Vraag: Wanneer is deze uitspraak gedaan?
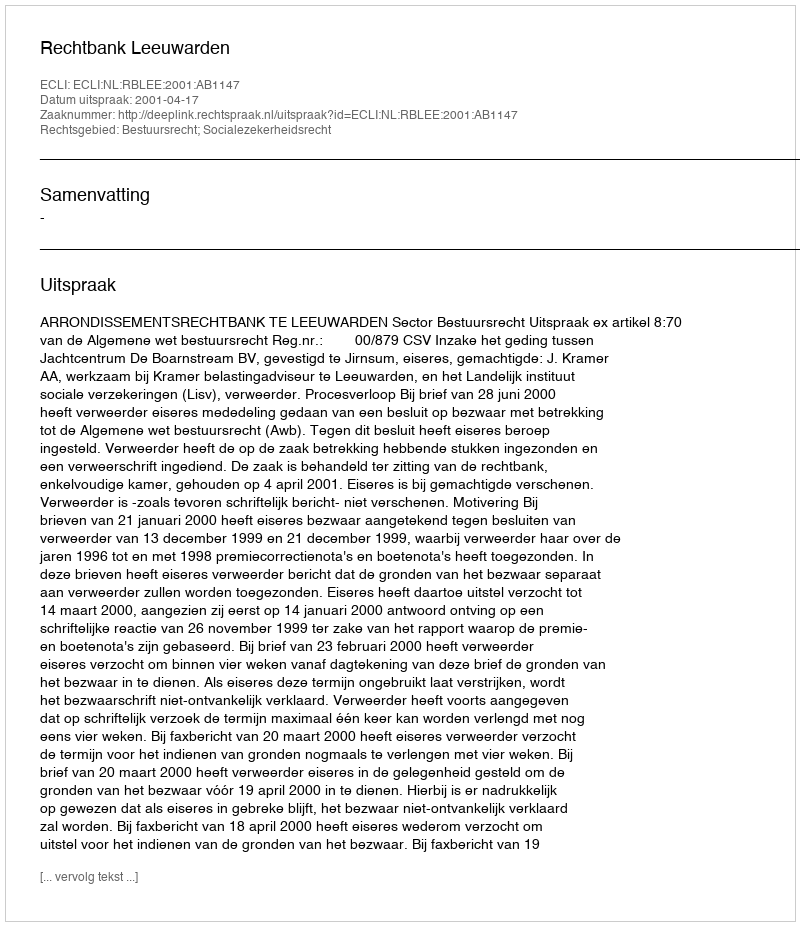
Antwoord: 2001-04-17